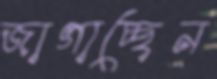
জাগাচ্ছেন